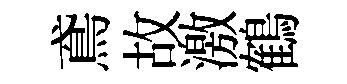
鳶故激鶴